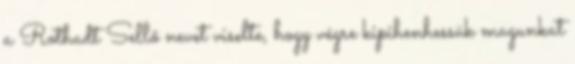
a Rothadt Sellő nevet viselte, hogy végre kipihenhessük magunkat